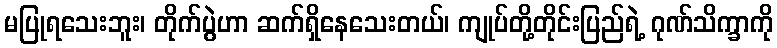
မပြုရသေးဘူး၊ တိုက်ပွဲဟာ ဆက်ရှိနေသေးတယ်၊ ကျုပ်တို့တိုင်းပြည်ရဲ့ ဂုဏ်သိက္ခာကို